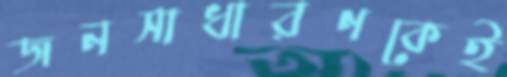
জনসাধারণকেই